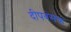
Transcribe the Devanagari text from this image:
दीपवंसक